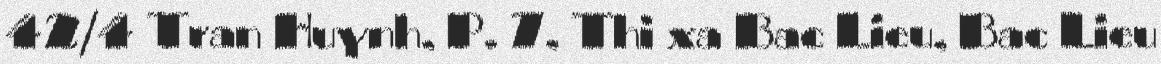
42/4 Tran Huynh, P. 7, Thi xa Bac Lieu, Bac Lieu